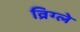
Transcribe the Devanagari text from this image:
व्रिग्ले